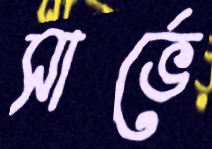
সার্ভে